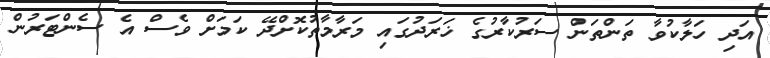
އަދި ހަލާކުވާ ތަންތަން ސަރުކާރުގެ ޚަރަދުގައި މަރާމާތުކޮށްދޭ ކަމަށް ވެސް އެ ސެންޓަރުން